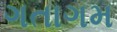
ગતાગમ